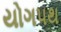
યોગપથ